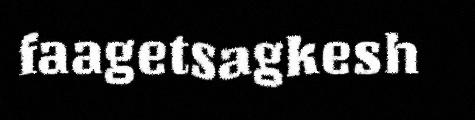
faagetsagkesh